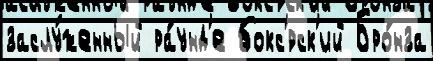
заслу́женный ра́унд'е бокс'́рск'ий Бро́нза